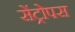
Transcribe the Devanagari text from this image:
सेंट्रोपस